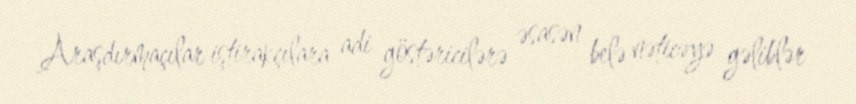
Araşdırmaçılar iştirakçılara adi göstəricilərə əsasən belə nəticəyə gəliblər